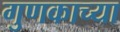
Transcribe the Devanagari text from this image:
गुणकाच्या